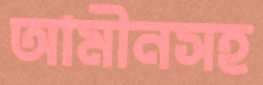
আমীনসহ